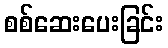
စစ်ဆေးပေးခြင်း